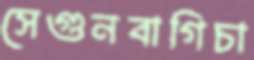
সেগুনবাগিচা